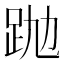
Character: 𧿢